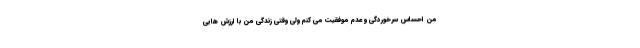
من احساس سرخوردگی و عدم موفقیت می کنم ولی وقتی زندگی من با ارزش هایی